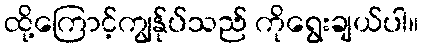
ထို့ကြောင့်ကျွန်ုပ်သည် ကိုရွေးချယ်ပါ။